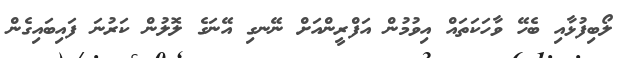
ލޯބިފުޅާއި ބެހޭ ވާހަކަތައް އިވުމުން އަފްރީންއަށް ނޭނގި އޭނަގެ ލޮލުން ކަރުނަ ފައިބައިގެން